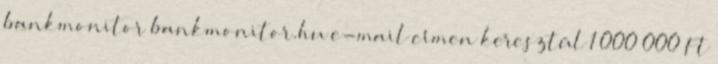
bankmonitor bankmonitor.hu e-mail címen keresztül 1 000 000 Ft